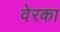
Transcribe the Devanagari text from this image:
वेरका